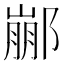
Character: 䣙